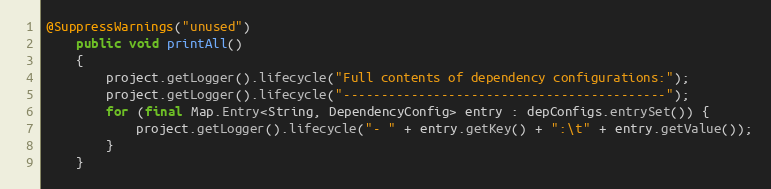
Language: Java
@SuppressWarnings("unused")
    public void printAll()
    {
        project.getLogger().lifecycle("Full contents of dependency configurations:");
        project.getLogger().lifecycle("-------------------------------------------");
        for (final Map.Entry<String, DependencyConfig> entry : depConfigs.entrySet()) {
            project.getLogger().lifecycle("- " + entry.getKey() + ":\t" + entry.getValue());
        }
    }